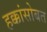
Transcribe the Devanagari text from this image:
हक्कांसोबत